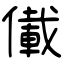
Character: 儎